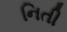
નિતી